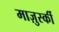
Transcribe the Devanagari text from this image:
माज़ुर्स्की